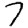
Digit: 7